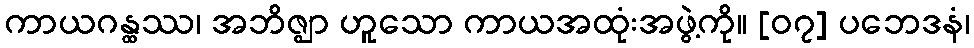
ကာယဂန္ထဿ၊ အဘိဇ္ဈာ ဟူသော ကာယအထုံးအဖွဲ့ကို။ [၀၇] ပဘေဒနံ၊